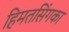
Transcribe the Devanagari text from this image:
हिमतसिंगका